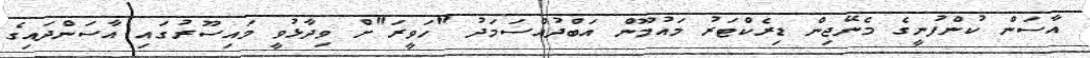
އާސަން ކުންފުނީގެ މެނޭޖިން ޑިރެކްޓަރު މައުމޫން އަބްދުއްސަމަދު "ހަވީރަ"ށް ވިދާޅުވީ މައިސޫރުގައި އާސަންދައިގެ